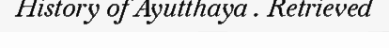
History of Ayutthaya . Retrieved